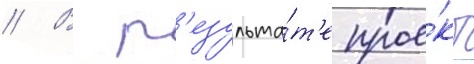
// В р'езульта́т'е прое́кт